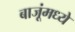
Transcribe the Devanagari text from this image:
बाजूंमध्ये